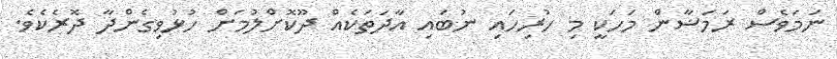
ނަމަވެސް ރަމަޟާން މަހަކީ މި ހުރިހައި ނުބައި އާދަތަކެއް ދޫކޮށްލުމަށް ހުޅުވިގެންދާ ދޮރެކެވެ.